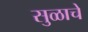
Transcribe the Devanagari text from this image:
सुळाचे